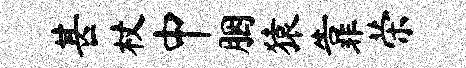
甚杖中胭猿靠荣